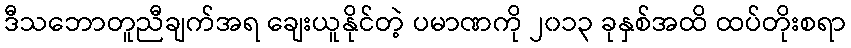
ဒီသဘောတူညီချက်အရ ချေးယူနိုင်တဲ့ ပမာဏကို ၂၀၁၃ ခုနှစ်အထိ ထပ်တိုးစရာ